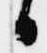
日